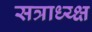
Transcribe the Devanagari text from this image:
सत्राध्य्क्ष